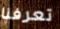
تعرفنا